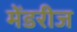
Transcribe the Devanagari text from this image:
मेंडरीज